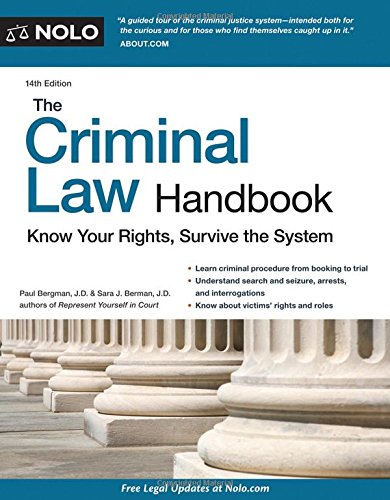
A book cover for Criminal Law Handbook, The: Know Your Rights, Survive the System; Paul Bergman JD; Law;